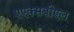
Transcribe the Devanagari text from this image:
एएक्सबीएल